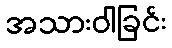
အသားဝါခြင်း